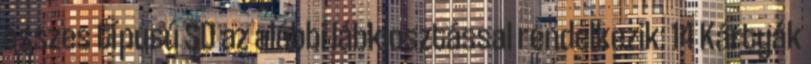
összes típusú SD az alábbi lábkiosztással rendelkezik: 14 Kártyák